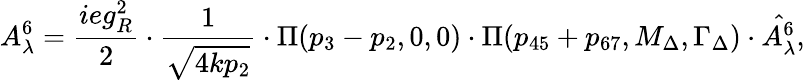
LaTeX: A_{\lambda}^{6}=\frac{ieg_{R}^{2}}{2}\cdot\frac{1}{\sqrt{4kp_{2}}}\cdot\Pi(p_{3}-p_{2},0,0)\cdot\Pi(p_{45}+p_{67},M_{\Delta},\Gamma_{\Delta})\cdot\hat{A_{\lambda}^{6}},